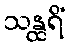
သန္ထရိံ